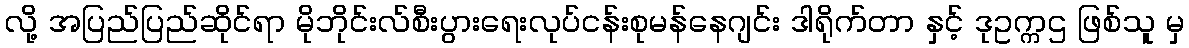
လို့ အပြည်ပြည်ဆိုင်ရာ မိုဘိုင်းလ်စီးပွားရေးလုပ်ငန်းစုမန်နေဂျင်း ဒါရိုက်တာ နှင့် ဒုဥက္ကဌ ဖြစ်သူ မှ